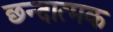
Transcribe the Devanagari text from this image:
छन्दात्मक